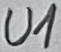
Text: U1